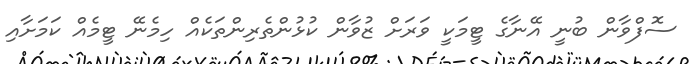
ސޮފްވާން ބުނީ އޭނާގެ ޓީމަކީ ވަރަށް ޒުވާން ކުޅުންތެރިންތަކެއް ހިމެނޭ ޓީމެއް ކަމަށާއި